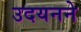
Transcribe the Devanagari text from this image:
उदयनने